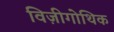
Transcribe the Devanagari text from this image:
विज़ीगोथिक